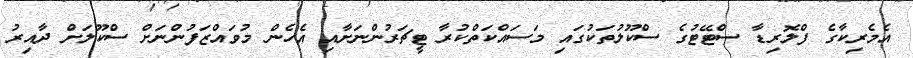
އެމެރިކާގެ ފްލޮރިޑާ ސްޓޭޓުގެ ސްކޫލުތަކުގައި މަސައްކަތްކުރާ ޓީޗަރުންނަށާއި އެހެން މުވައްޒަފުންނަށް ސްކޫލަށް ދާއިރު